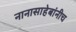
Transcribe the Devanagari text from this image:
नानासाहेबांनीच